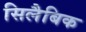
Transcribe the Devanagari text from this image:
सिलैबिक